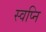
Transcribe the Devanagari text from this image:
स्वप्नि